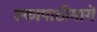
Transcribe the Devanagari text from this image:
एकापाठीमागे